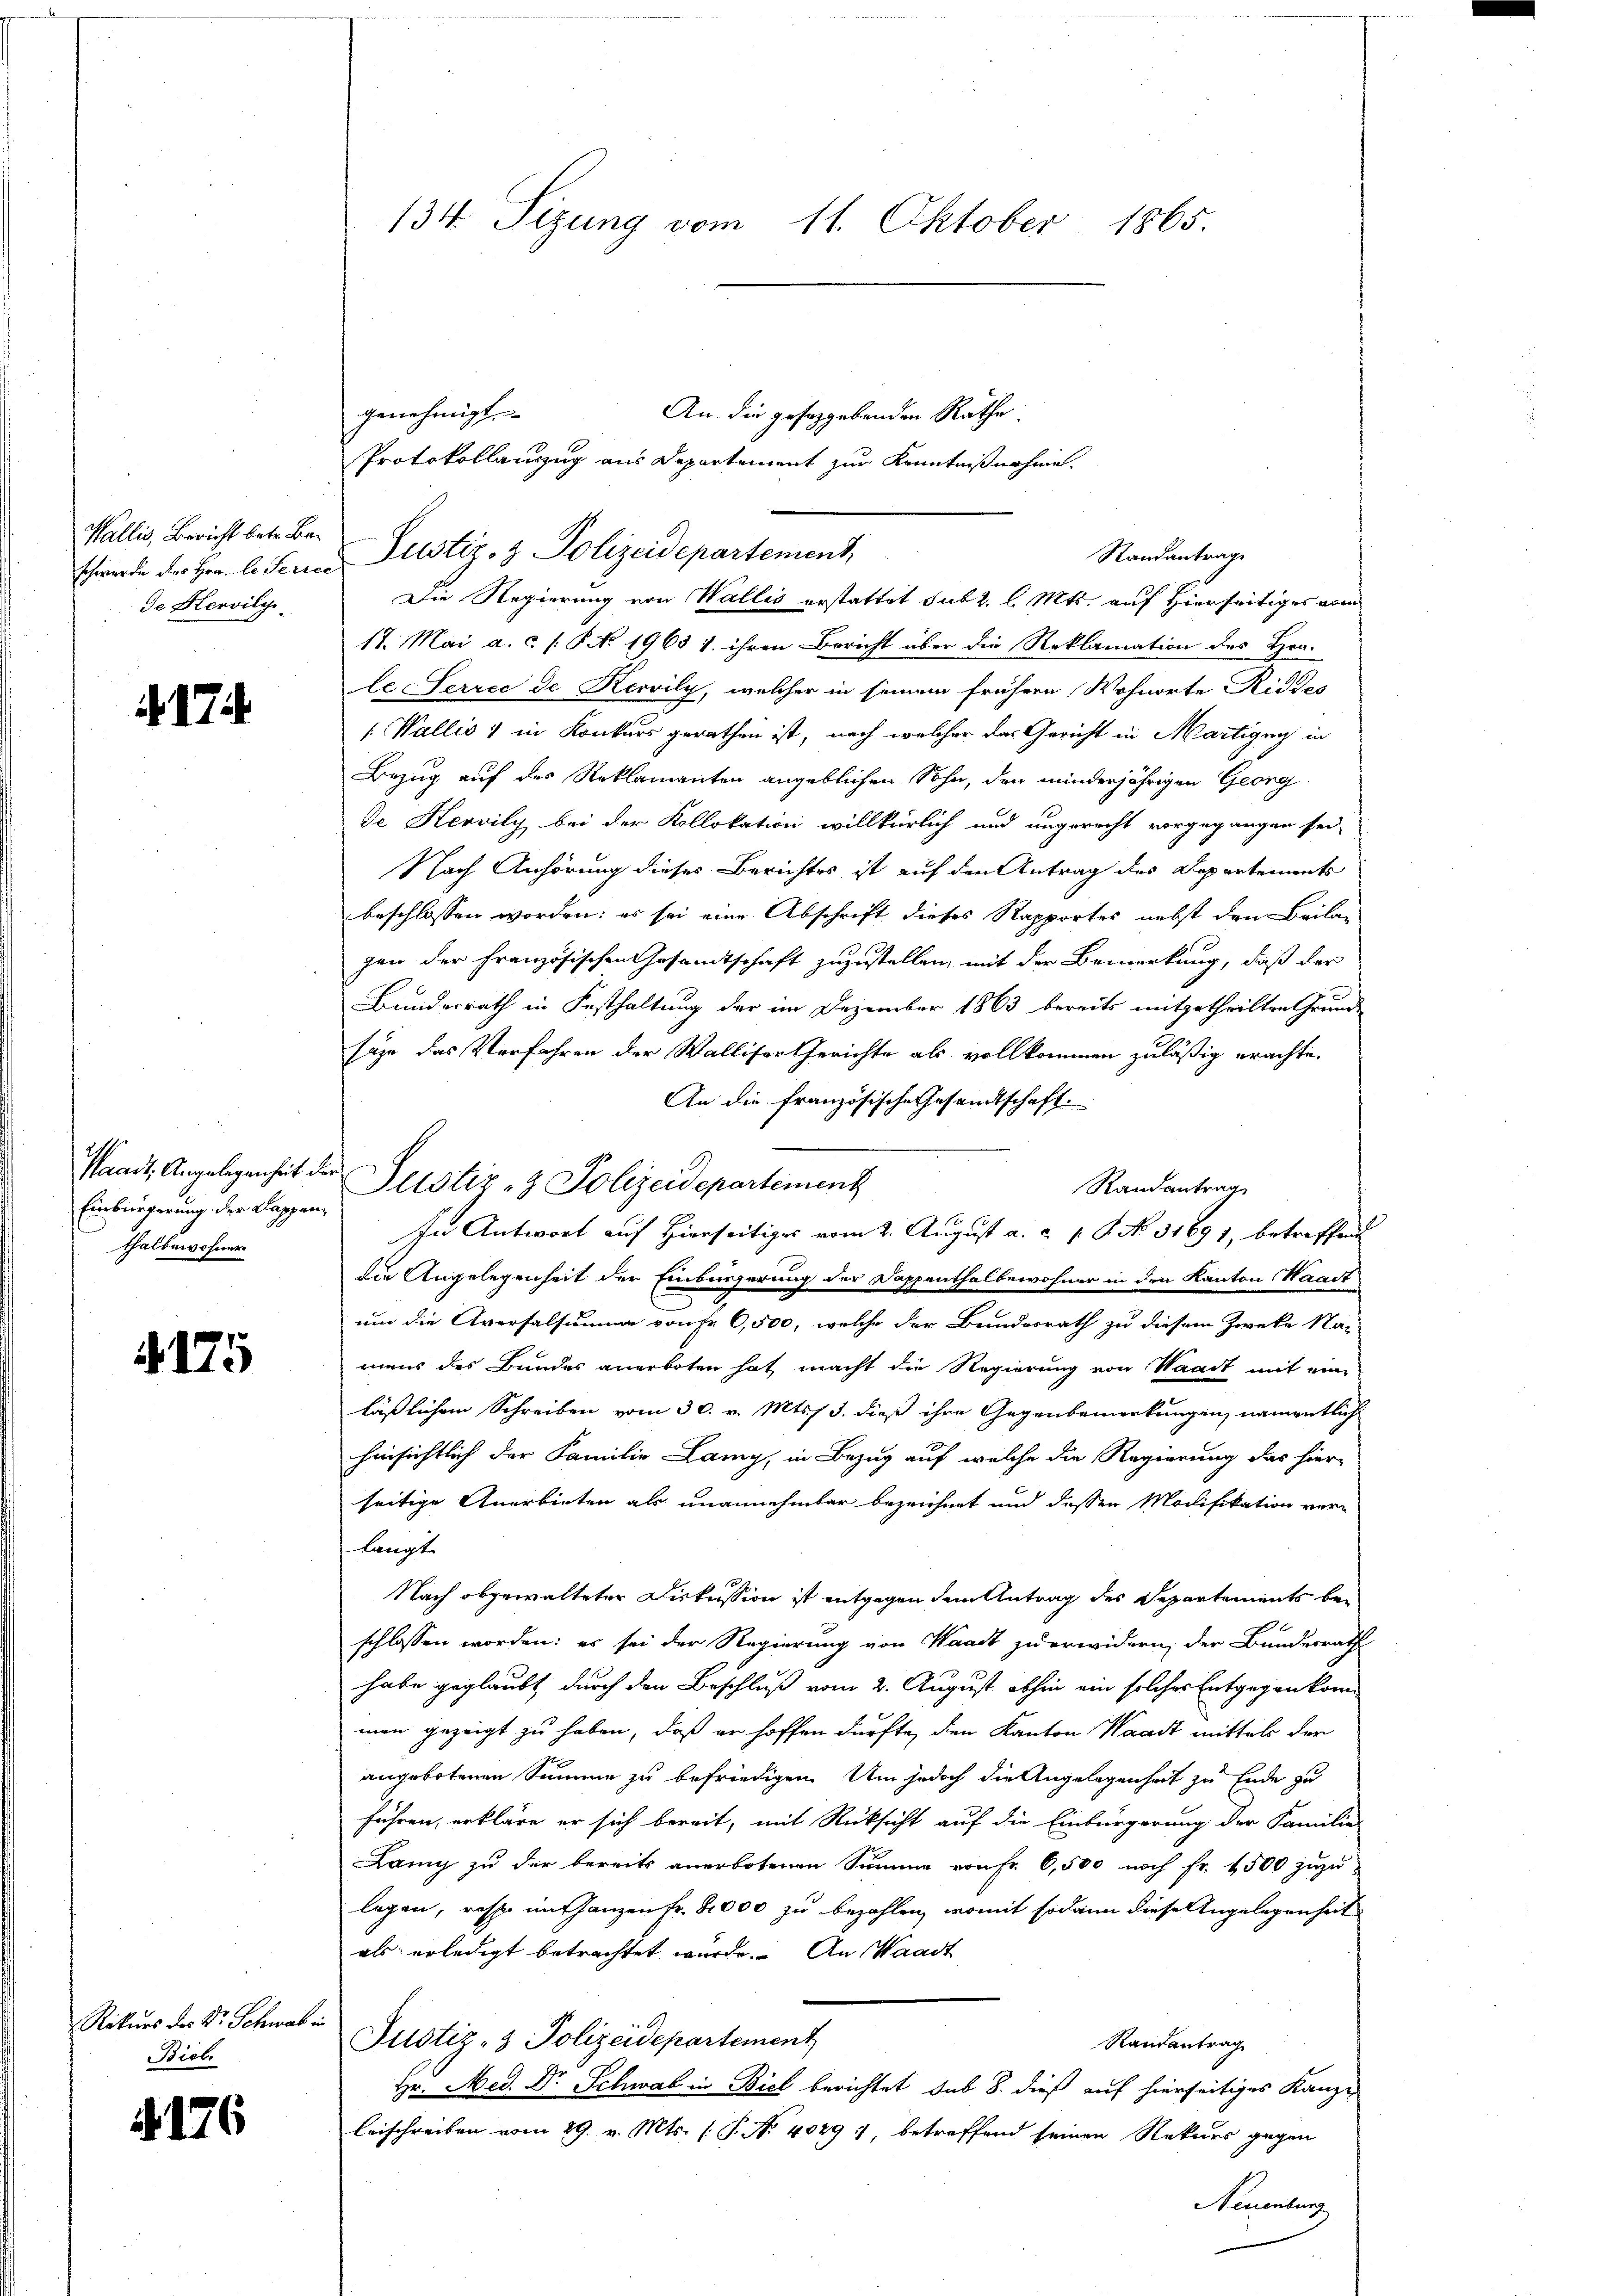
Wallis, Bericht betr. Beschwerde des Hrn. Le Ferrec
de Servilge

4174.

Waadt, Angelegenheit der
Einbürgerung der Kappenz
thalbewohner

4175

Rekurs der Dr. Schwa¬
Bieb.

§. 176

134 Sizung vom 11. Oktober 1865.

genehmigt.
Protokollanzug aus Departement zur Kenntnißnahme.
Justiz- & Polizeidepartement,
Die Regierung von Wallis erstattet sub 2. l. Mts. auf hierseitiges vom
17. Mai a. c. /: P. No. 1963 1. ihren Bericht über die Reklamation des Hrn.
le-Terric de Kervily, welcher in seinem frühere Wohnorte Riddos
 Wallis & in Konkurs gerathen ist, nach welcher das Gericht in Martigny in
Bezug auf des Reklamanten angeblichen Sohn, den minderjährigen Georg
de Hervily bei der Kollokation willkürlich und ungerecht vorgegangen sei,
Nach Anhörung dieses Berichtes ist auf den Antrag des Departements
beschlossen worden; es sei eine Abschrift dieses Rapportes nebst den Beilag
gen der Französischen Gesamtschaft zuzustellen, mit der Bemerkung, daß der
Bundesrath in Festhaltung der im Dezember 1863 bereits mitgetheilten Grund-
sage das Verfahren der Walliser Gerichte als vollkommen zuläßig erachten
An die französische Gesandtschaft.
Randantrag
In Antwort auf Hierseitiges vom 2. August a. a. p. P. No. 31691, betreffend
die Angelegenheit der Einbürgerung der Dappenthalbewohner in den Kanton Waadt
und die Aversalsumme von fr 6,500, welche der Bundesrath zu diesem Zwecke Na-
mens des Bundes anerboten hat macht die Regierung von Waadt mit eine
läßlichem Schreiben vom 30. v. Mts. 3. dieß ihre Gegenbemerkungung namentlich
hinsichtlich der Familie Lany, in Bezug auf welche die Regierung das hier-
seitige Anerbieten als unannehmbar bezeichnet und dessen Modifikation ver-
langt
Nach abgewalteter Diskussion ist entgegen dem Antrag des Departements beschlossen worden: es sei der Regierung von Waadt zu erwidern, der Bundesrath
habe geglaubt, durch den Beschluß vom 2. August abhin ein solcher Entgegenkomman gezeigt zu haben, daß er hoffen dürfte, den Kanton Waadt mittels der
angebotenen Summe zu befriedigen. Um jedoch die Angelegenheit zu Ende zu
führen, erkläre er sich bereit, mit Rücksicht auf die Einbürgerung der Familie
Lany zu der bereits anerbotenen Summe von Fr. 6,500 noch fr. 4500 zuzu-
legen, resp. im ganzen Fr. 8000 zu bezahlen, womit sodann diese Angelegenheit
als erledigt betrachtet wurde. An Waadt
Justiz- & Polizeidepartement
Randantrag
Hr. Med. Dr Schwab in Biel berichtet sub 8. dieß auf hierseitiges Kanze
leischreiben vom 29. v. Mts. (T. No 40497, betreffend seinen Rekurs gegen
Neuenburg

f

Justiz- & Polizeidepartement

An. die geseggebenden Rathe
Standantrage